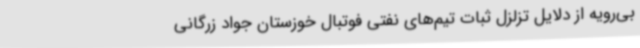
بی‌رویه از دلایل تزلزل ثبات تیم‌های نفتی فوتبال خوزستان جواد زرگانی